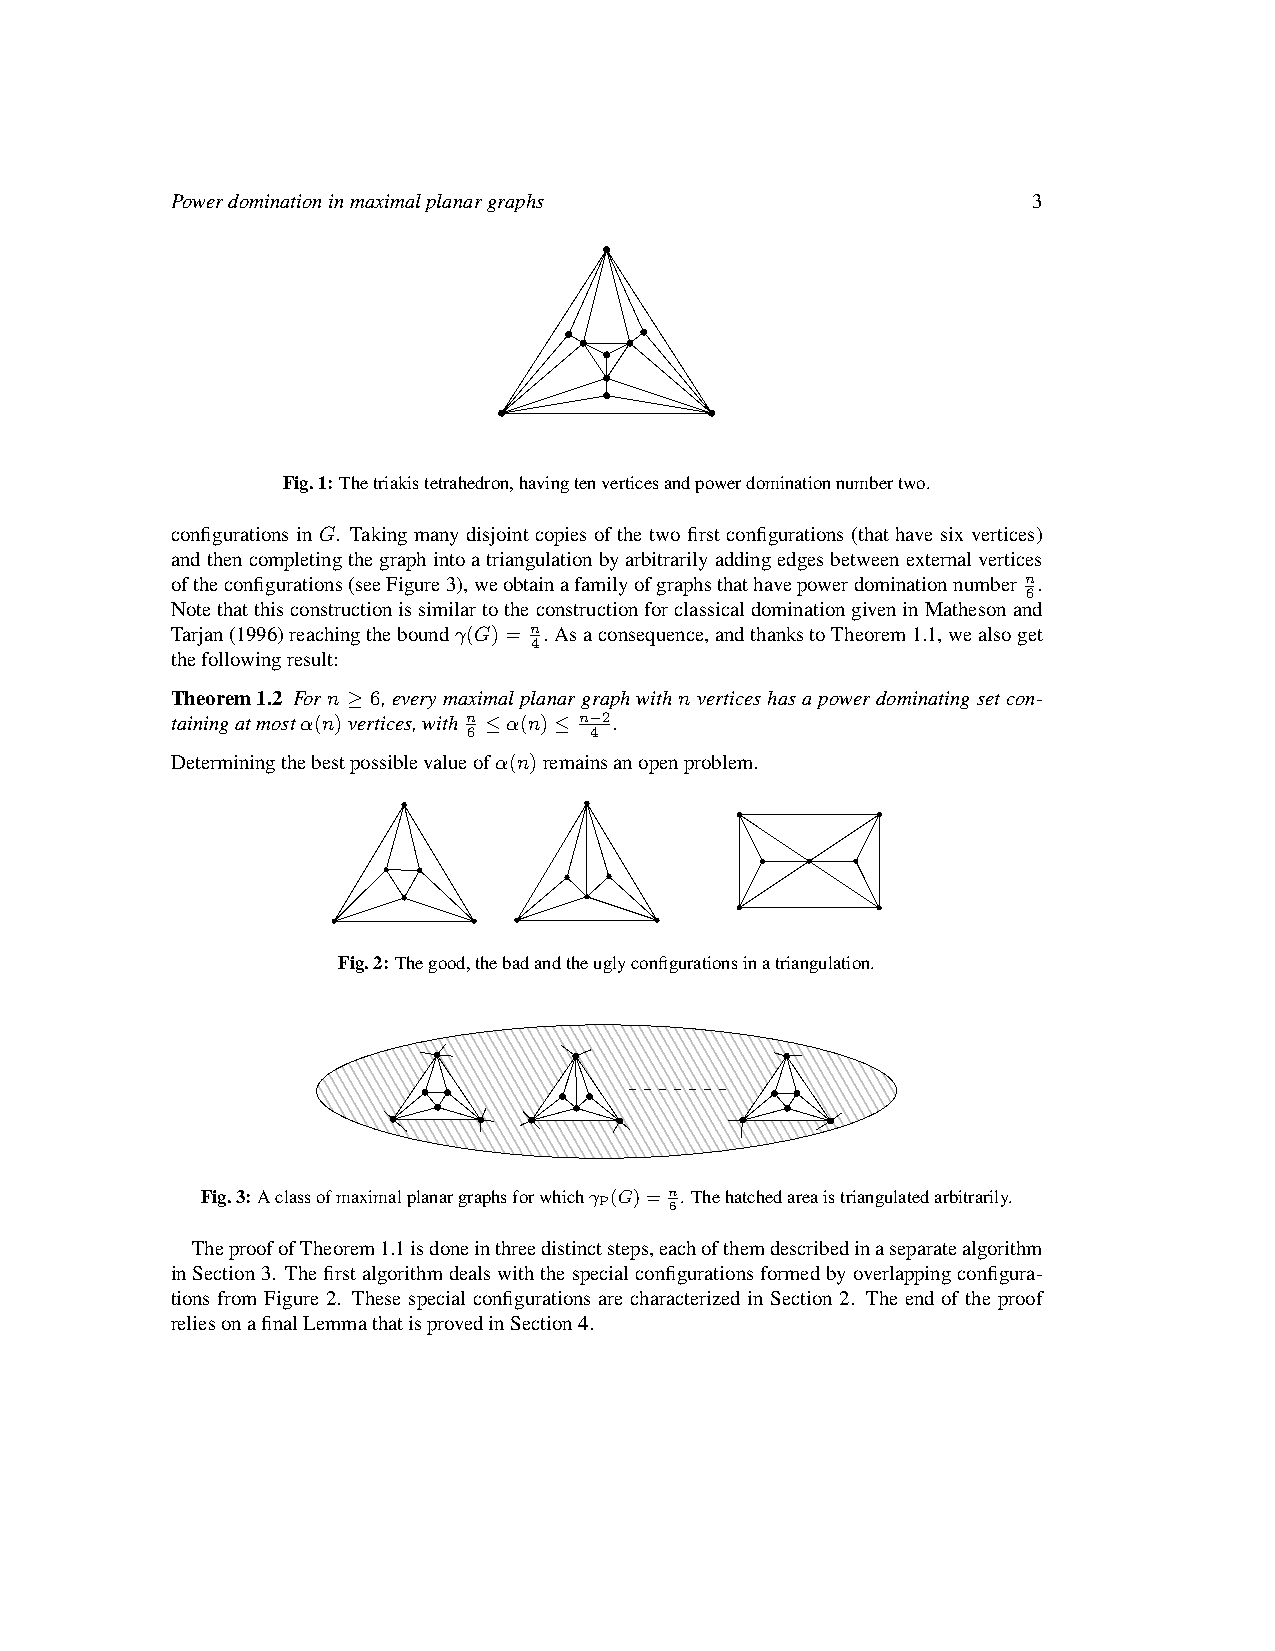
Powerdominationinmaximalplanargraphs                     3
 Fig.1:Thetriakistetrahedron,havingtenverticesandpowerdominationnumbertwo.
 configurations in G. Taking many disjoint copies of the two first configurations (that have six vertices)
 andthencompletingthegraphintoatriangulationbyarbitrarilyaddingedgesbetweenexternalvertices
 oftheconfigurations(seeFigure3),weobtainafamilyofgraphsthathavepowerdominationnumber n.
 6
 NotethatthisconstructionissimilartotheconstructionforclassicaldominationgiveninMathesonand
 Tarjan(1996)reachingtheboundγ(G)= n. Asaconsequence,andthankstoTheorem1.1,wealsoget
 4
 thefollowingresult:
 Theorem1.2 Forn ≥ 6,everymaximalplanargraphwithnverticeshasapowerdominatingsetcon-
 tainingatmostα(n)vertices,with n ≤α(n)≤ n−2.
 6       4
 Determiningthebestpossiblevalueofα(n)remainsanopenproblem.
 Fig.2:Thegood,thebadandtheuglyconfigurationsinatriangulation.
 Fig.3:Aclassofmaximalplanargraphsforwhichγ (G)= n.Thehatchedareaistriangulatedarbitrarily.
 P   6
 TheproofofTheorem1.1isdoneinthreedistinctsteps,eachofthemdescribedinaseparatealgorithm
 inSection3. Thefirstalgorithmdealswiththespecialconfigurationsformedbyoverlappingconfigura-
 tions from Figure 2. These special configurations are characterized in Section 2. The end of the proof
 reliesonafinalLemmathatisprovedinSection4.